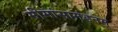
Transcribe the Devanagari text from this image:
मीमांसामंडनम्